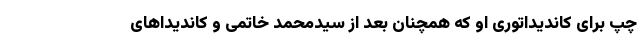
چپ برای کاندیداتوری او که همچنان بعد از سیدمحمد خاتمی و کاندیداهای